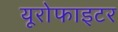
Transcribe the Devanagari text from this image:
यूरोफाइटर